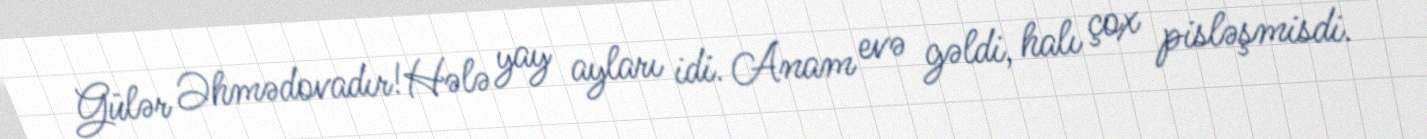
Gülər Əhmədovadır!Hələ yay ayları idi. Anam evə gəldi, halı çox pisləşmisdi.